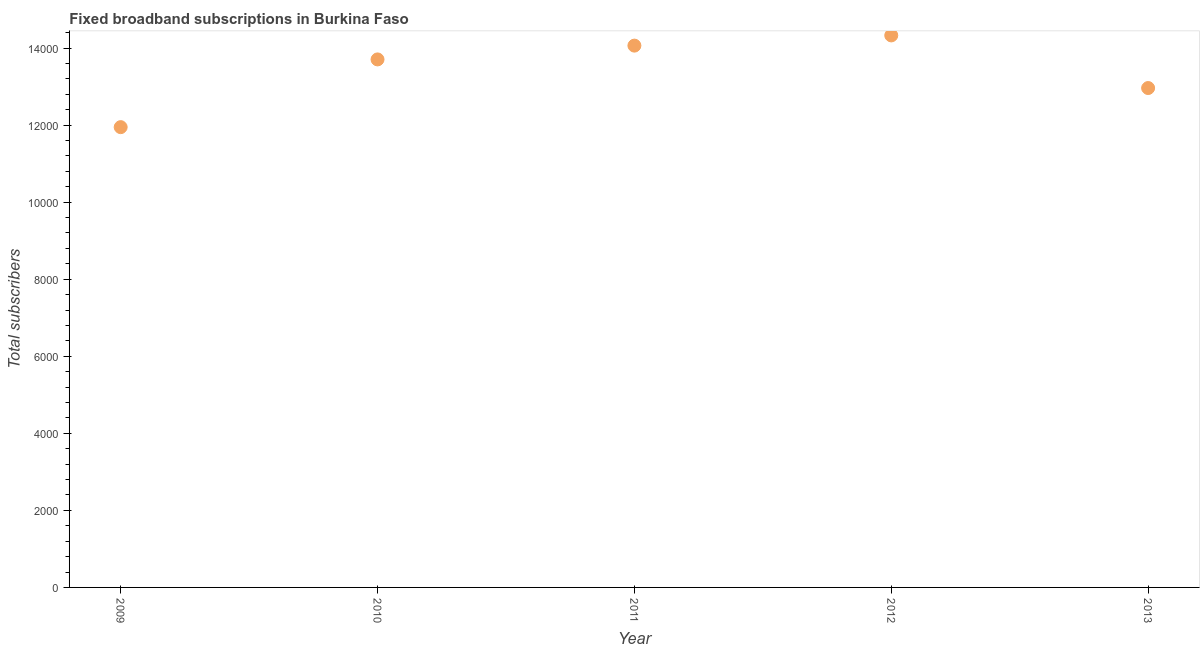
| Year | Fixed broadband subscriptions |
 | --- | --- |
 | 2009 | 1.19e+04 |
 | 2010 | 1.37e+04 |
 | 2011 | 1.41e+04 |
 | 2012 | 1.43e+04 |
 | 2013 | 1.3e+04 |